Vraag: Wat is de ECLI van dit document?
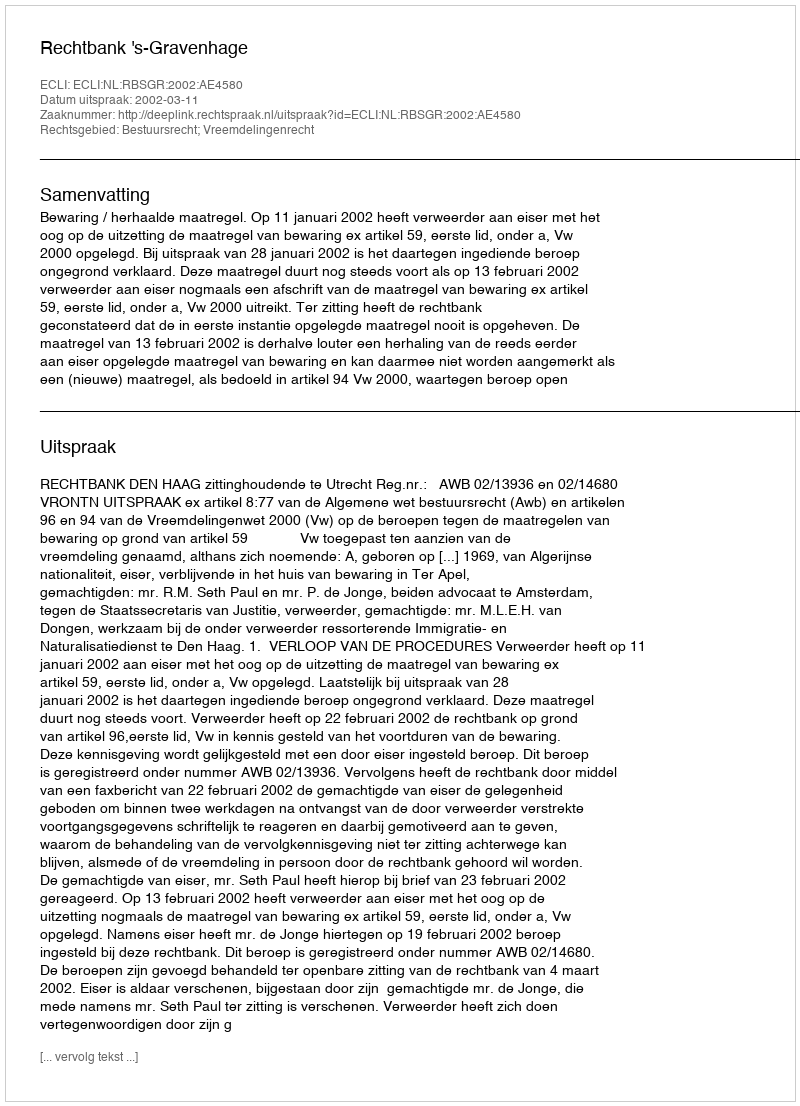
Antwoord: ECLI:NL:RBSGR:2002:AE4580